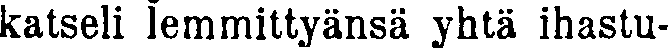
katseli lemmittyänsä yhtä ihastu-